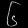
Digit: ၆